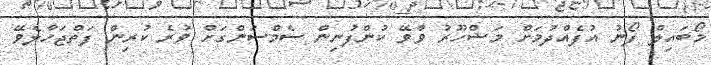
މޯބައިލް ފޯނު އުފެއްދުމަށް މަޝްހޫރު ވާވޭ ކުންފުނިން ސެމްސަންގަށް ވުރެ ކުރިން ފަތްޖަހާލެވޭ